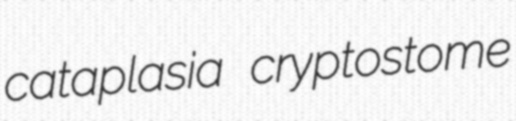
cataplasia cryptostome